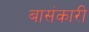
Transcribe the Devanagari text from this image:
बासंकारी